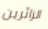
الزائرين